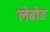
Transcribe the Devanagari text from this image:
लेबोङ